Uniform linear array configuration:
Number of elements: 48
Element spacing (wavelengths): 1
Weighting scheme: hamming
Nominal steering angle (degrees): -30
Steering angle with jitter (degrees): -28.122
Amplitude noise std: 0.05
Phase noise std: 0.05

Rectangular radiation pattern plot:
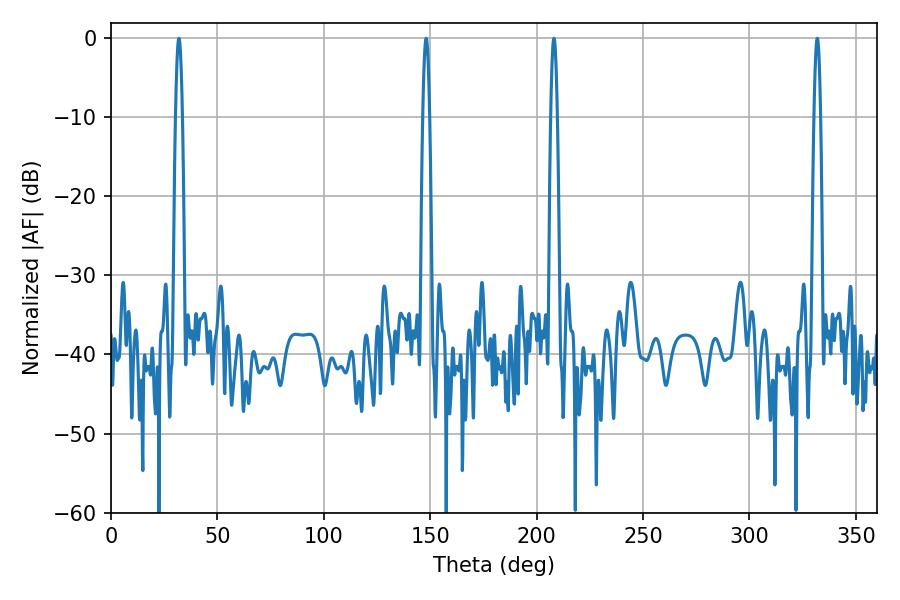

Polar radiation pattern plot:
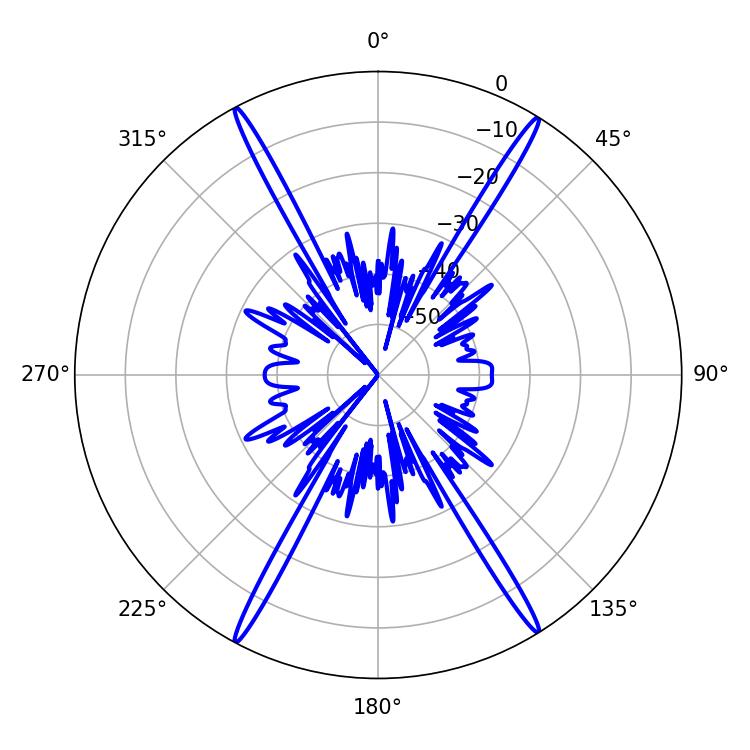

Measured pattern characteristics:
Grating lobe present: TRUE
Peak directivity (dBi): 25.975
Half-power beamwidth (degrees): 1.62
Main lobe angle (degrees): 31.86